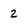
Character: 2